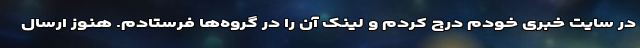
در سایت خبری خودم درج کردم و لینک آن را در گروه‌ها فرستادم. هنوز ارسال